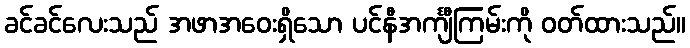
ခင်ခင်လေးသည် အဖာအဝေးရှိသော ပင်နီအင်္ကျီကြမ်းကို ဝတ်ထားသည်။